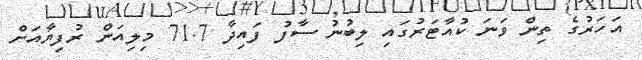
އަހަރުގެ ތިން ވަނަ ކުއާޓަރުގައި ލިބުނު ސާފު ފައިދާ 71.7 މިލިއަން ރުފިޔާއަށް